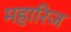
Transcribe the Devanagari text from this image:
महारिज